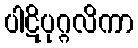
ပါဋိပုဂ္ဂလိကာ